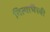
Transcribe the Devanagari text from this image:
नित्याभैरवी